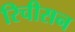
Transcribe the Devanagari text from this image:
रिचीसन